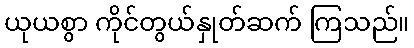
ယုယစွာ ကိုင်တွယ်နှုတ်ဆက် ကြသည်။